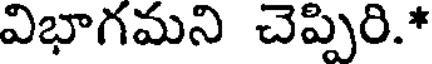
విభాగమని చెప్పిరి.*